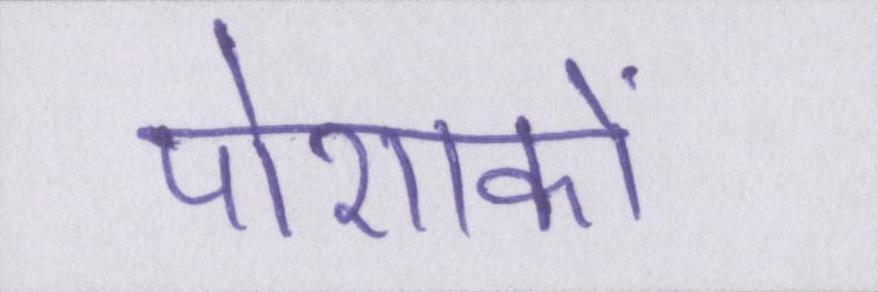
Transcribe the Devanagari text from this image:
पोशाकों